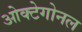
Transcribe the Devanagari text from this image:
ओक्टेगोनल